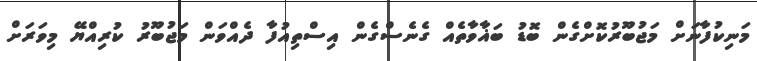
މަނިކުފާނަށް މަޖުބޫރުކޮށްގެން ބޮޑު ބަޣާވާތެއް ގެނެސްގެން އިސްތިއުފާ ދެއްވަން މަޖުބޫރު ކުރިއްޔޭ މިވަރަށް